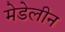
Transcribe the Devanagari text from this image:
मेडेलीन